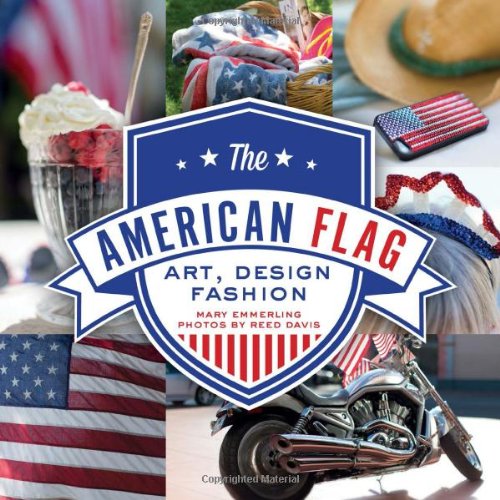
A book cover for The American Flag: Art, Design, Fashion; Mary Emmerling; Crafts, Hobbies & Home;